Kohila_vallavalitsus, lk 92
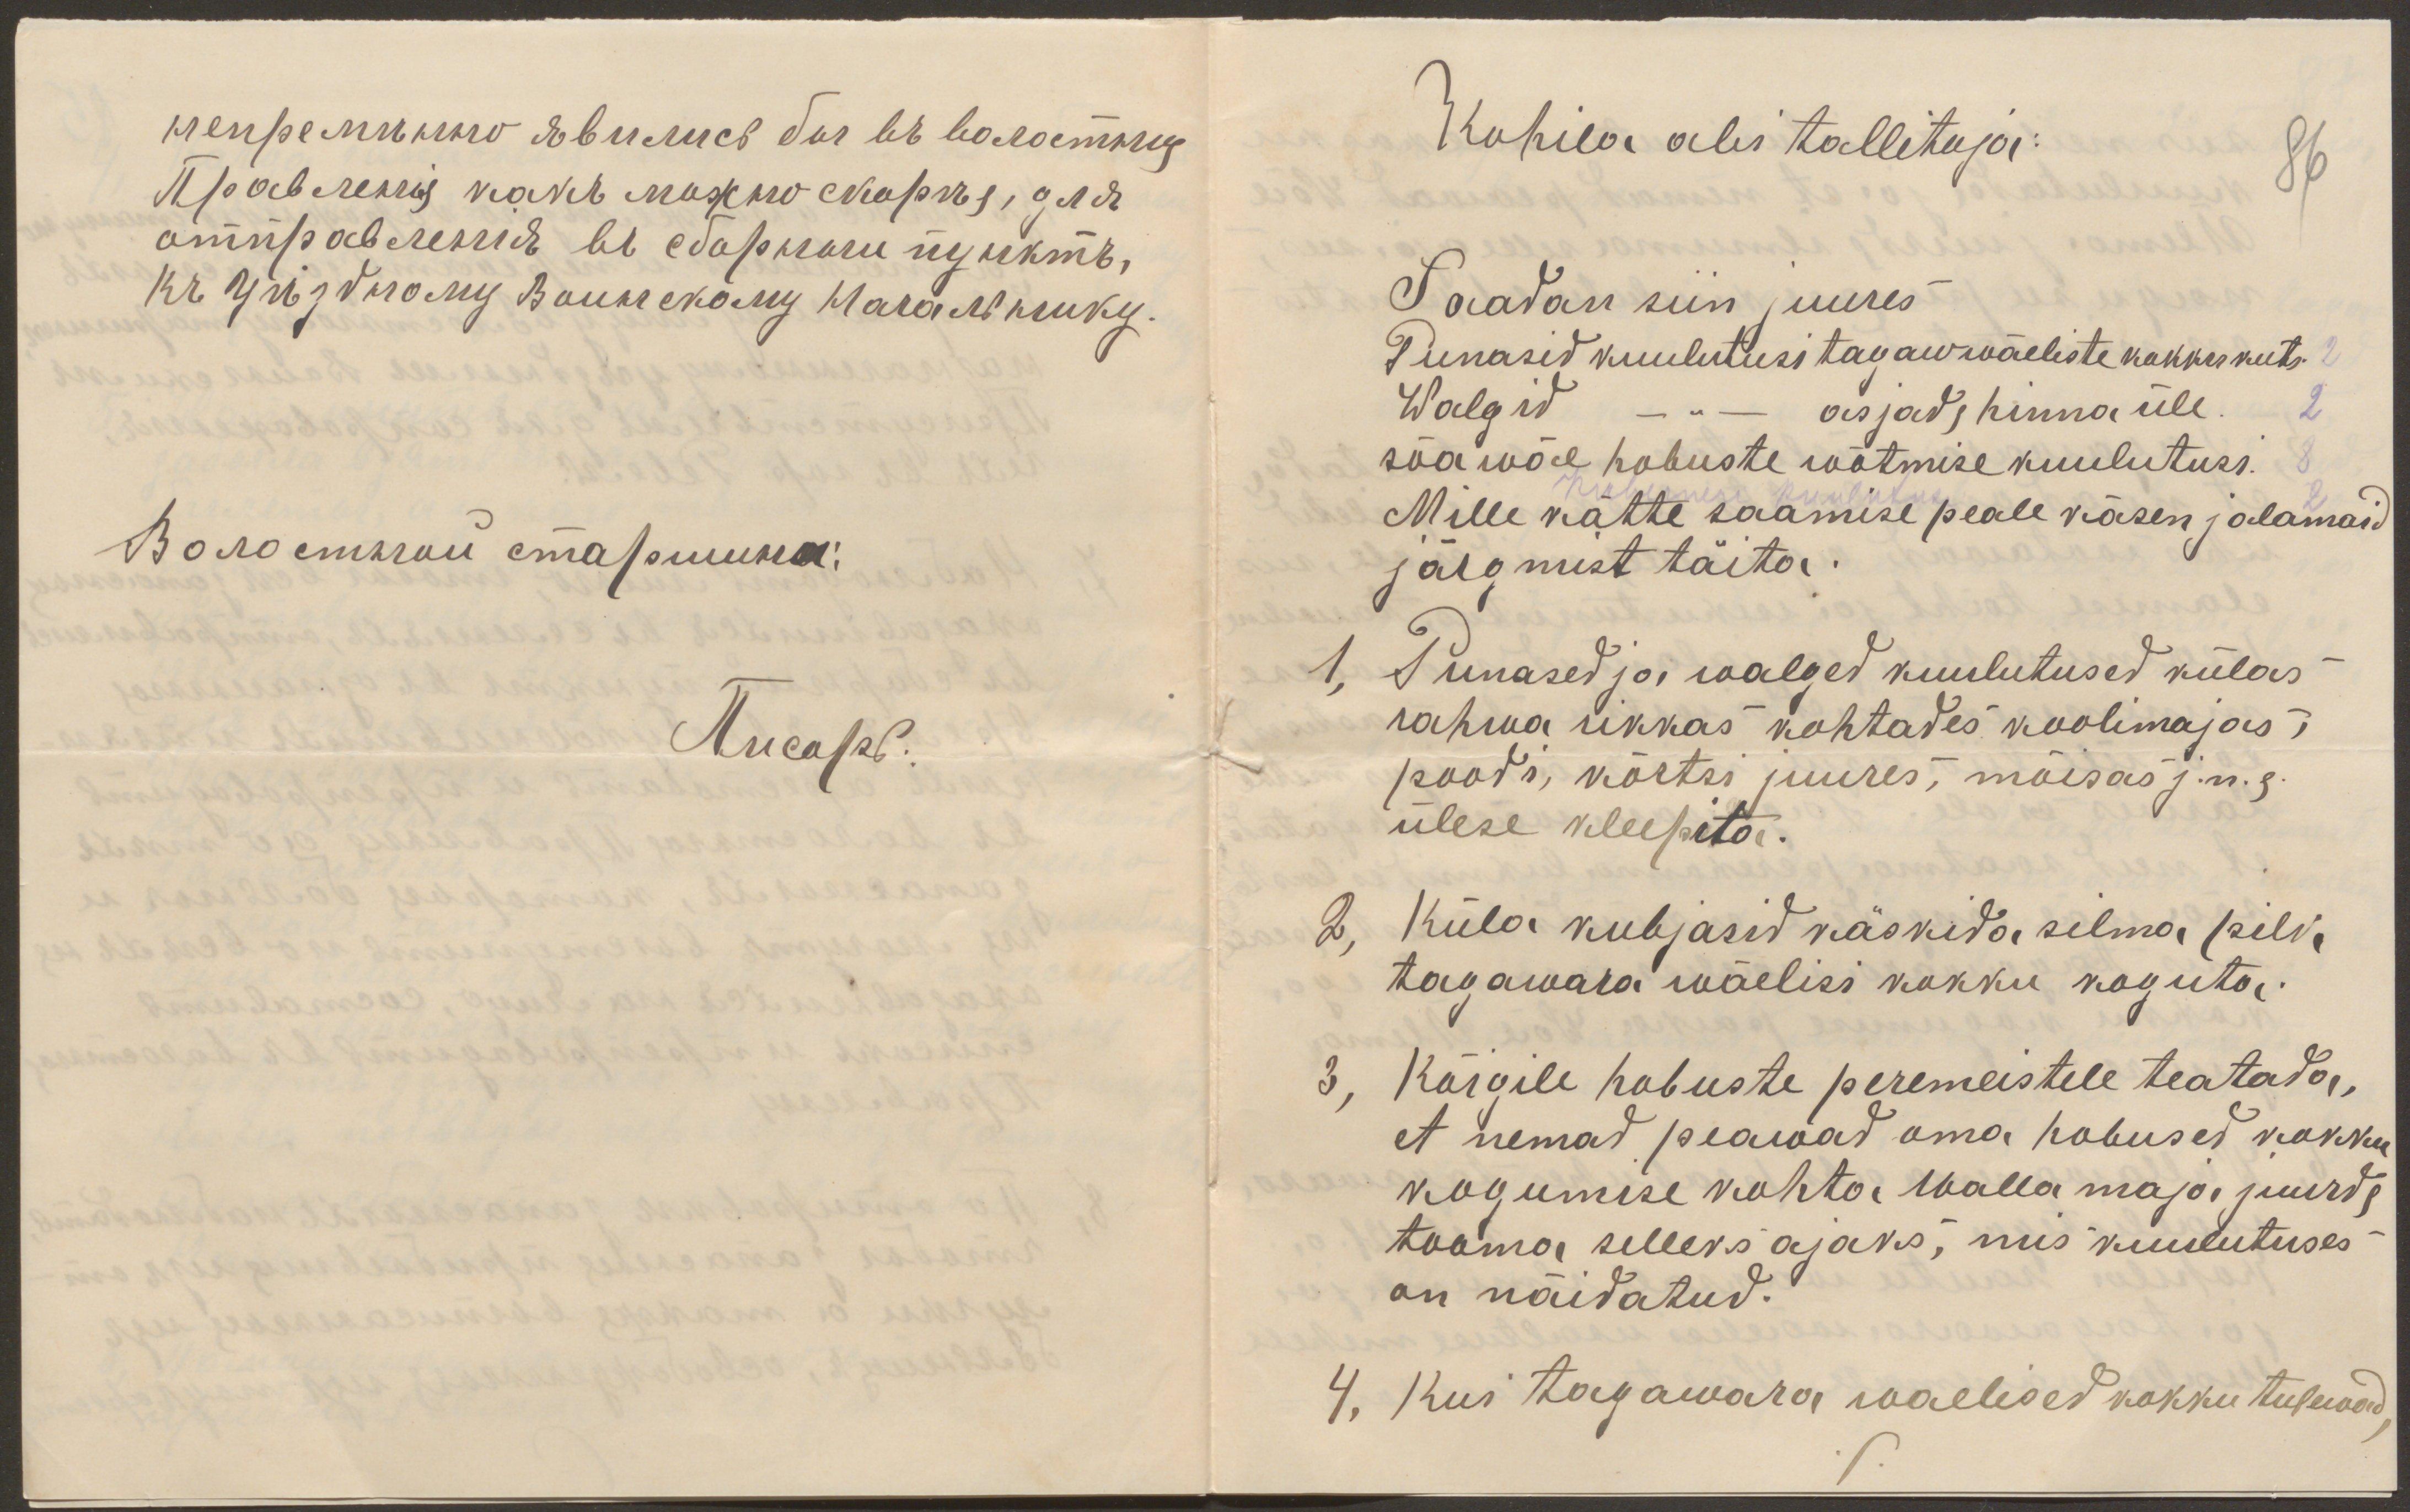
Kohila abi tallitaja:
86
Saadan siin juures
Punasid kuulutusi tagawwäeliste kokku kuts.
Walgid - " - asjad, hinna üle
sõa wäe hobuste wõtmise kuulutusi
Kuberneri kuulutus
Mille kätte saamise peale käsen jalamaid
järgmist täita.
1, Punased ja walged kuulutused külas
rahwa rikkas kohtades koolimajas,
poodi, kõrtsi juures, mõisas j.n. e.
ülese keepita.
2, Küla kubjasid käskida silma pilk
tagawara wäelisi kokku koguta.
3, Kõigile hobuste peremeistele teatada,
et nemad peawad oma hobused kokku
kogumise kohta walla maja juurde
tooma selleks ajaks, mis kuulutuses
on näidatud.
4, Kui tagawara waelised kokku tulewad